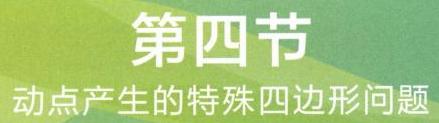
第四节
动点产生的特殊四边形问题